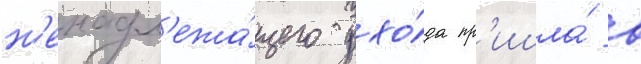
н'енадл'ежа́щего ухо́да пр'ишла́ в